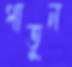
পাতুন